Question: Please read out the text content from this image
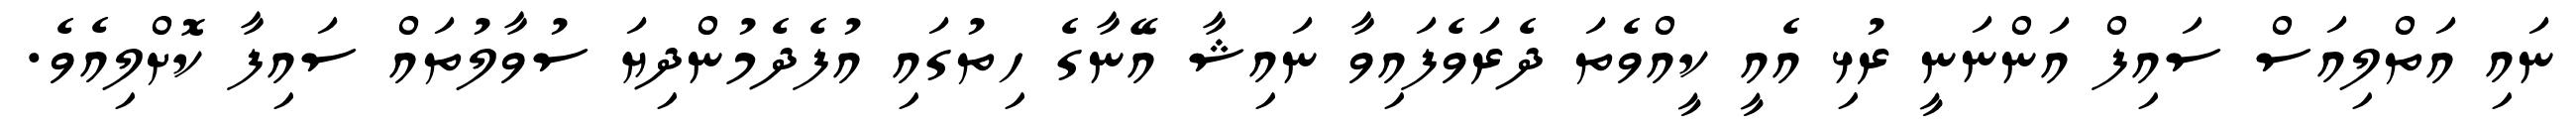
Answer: ނައި އަތްލިއަސް ސައިފް އަންނަނީ ރުޅި އެއީ ކީއްވެތަ ދެރަވެފައިވާ ނައިޝާ އޭނާގެ ހިތުގައި އުފެދެމުންދިޔަ ސުވާލުތައް ސައިފާ ކޮށްލިއެވެ.